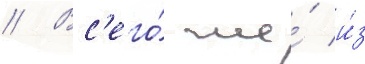
// Вс'его́ же́ и́з